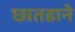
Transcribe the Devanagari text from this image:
छातडाने